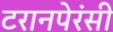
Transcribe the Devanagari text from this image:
टरानपेरंसी